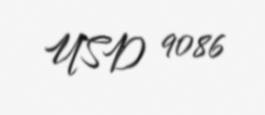
USD 9086